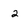
Character: 2